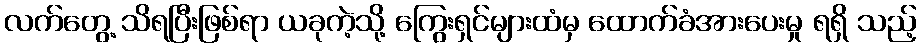
လက်တွေ့ သိရပြီးဖြစ်ရာ ယခုကဲ့သို့ ကြွေးရှင်များထံမှ ထောက်ခံအားပေးမှု ရရှိ သည့်